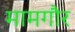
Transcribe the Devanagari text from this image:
मामगौर